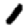
Digit: 1